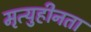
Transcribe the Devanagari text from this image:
मृत्युहीनता